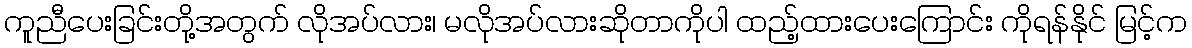
ကူညီပေးခြင်းတို့အတွက် လိုအပ်လား၊ မလိုအပ်လားဆိုတာကိုပါ ထည့်ထားပေးကြောင်း ကိုရန်နိုင် မြင့်က